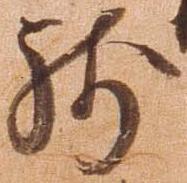
残